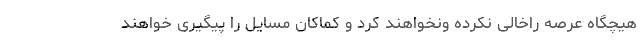
هیچگاه عرصه راخالی نکرده ونخواهند کرد و کماکان مسایل را پیگیری خواهند